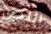
اللص